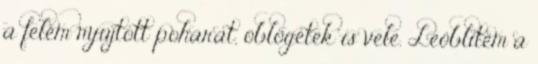
a felém nyújtott poharat, öblögetek is vele. Leöblítem a